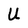
Character: U